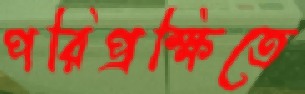
পরিপ্রক্ষিতে